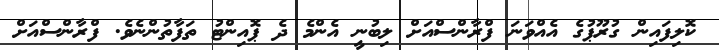
ކޮލިފައިން ގުރޫޕުގެ އެއްވަނަ ފްރާންސްއަށް ލިބުނީ އެންމެ ދެ ޕޮއިންޓު ތަފާތުންނެވެ. ފްރާންސްއަށް